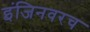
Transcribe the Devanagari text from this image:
इंजिनवरच